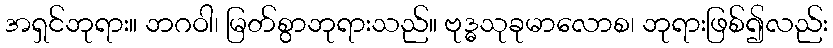
အရှင်ဘုရား။ ဘဂဝါ၊ မြတ်စွာဘုရားသည်။ ဗုဒ္ဓသုခုမာလောစ၊ ဘုရားဖြစ်၍လည်း